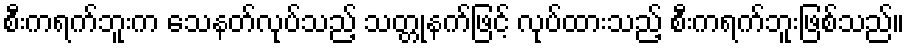
စီးကရက်ဘူးက သေနတ်လုပ်သည့် သတ္တုနက်ဖြင့် လုပ်ထားသည့် စီးကရက်ဘူးဖြစ်သည်။